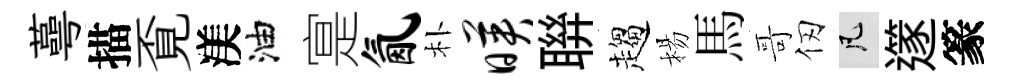
蕚描覔渼油寔氤朴映聨趨楊馬哥仞凡𨗹篆